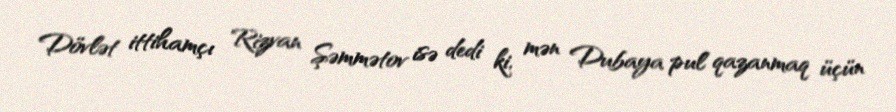
Dövlət ittihamçı Rizvan Şəmmətov isə dedi ki, mən Dubaya pul qazanmaq üçün